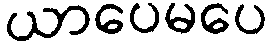
ယာပေမပေ